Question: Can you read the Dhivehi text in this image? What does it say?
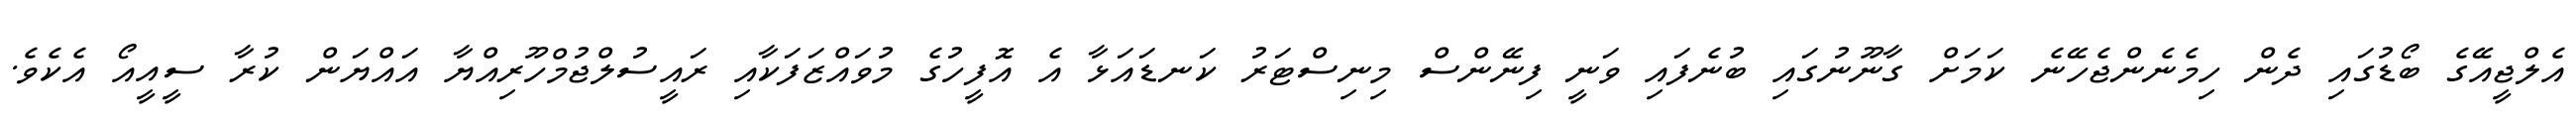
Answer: އެލްޖީއޭގެ ބޯޑުގައި ދެން ހިމެނެންޖެހޭނެ ކަމަށް ގާނޫނުގައި ބުނެފައި ވަނީ ފިނޭންސް މިނިސްޓަރު ކަނޑައަޅާ އެ އޮފީހުގެ މުވައްޒަފަކާއި ރައީސުލްޖުމްހޫރިއްޔާ އައްޔަން ކުރާ ސީއީއޯ އެކެވެ.